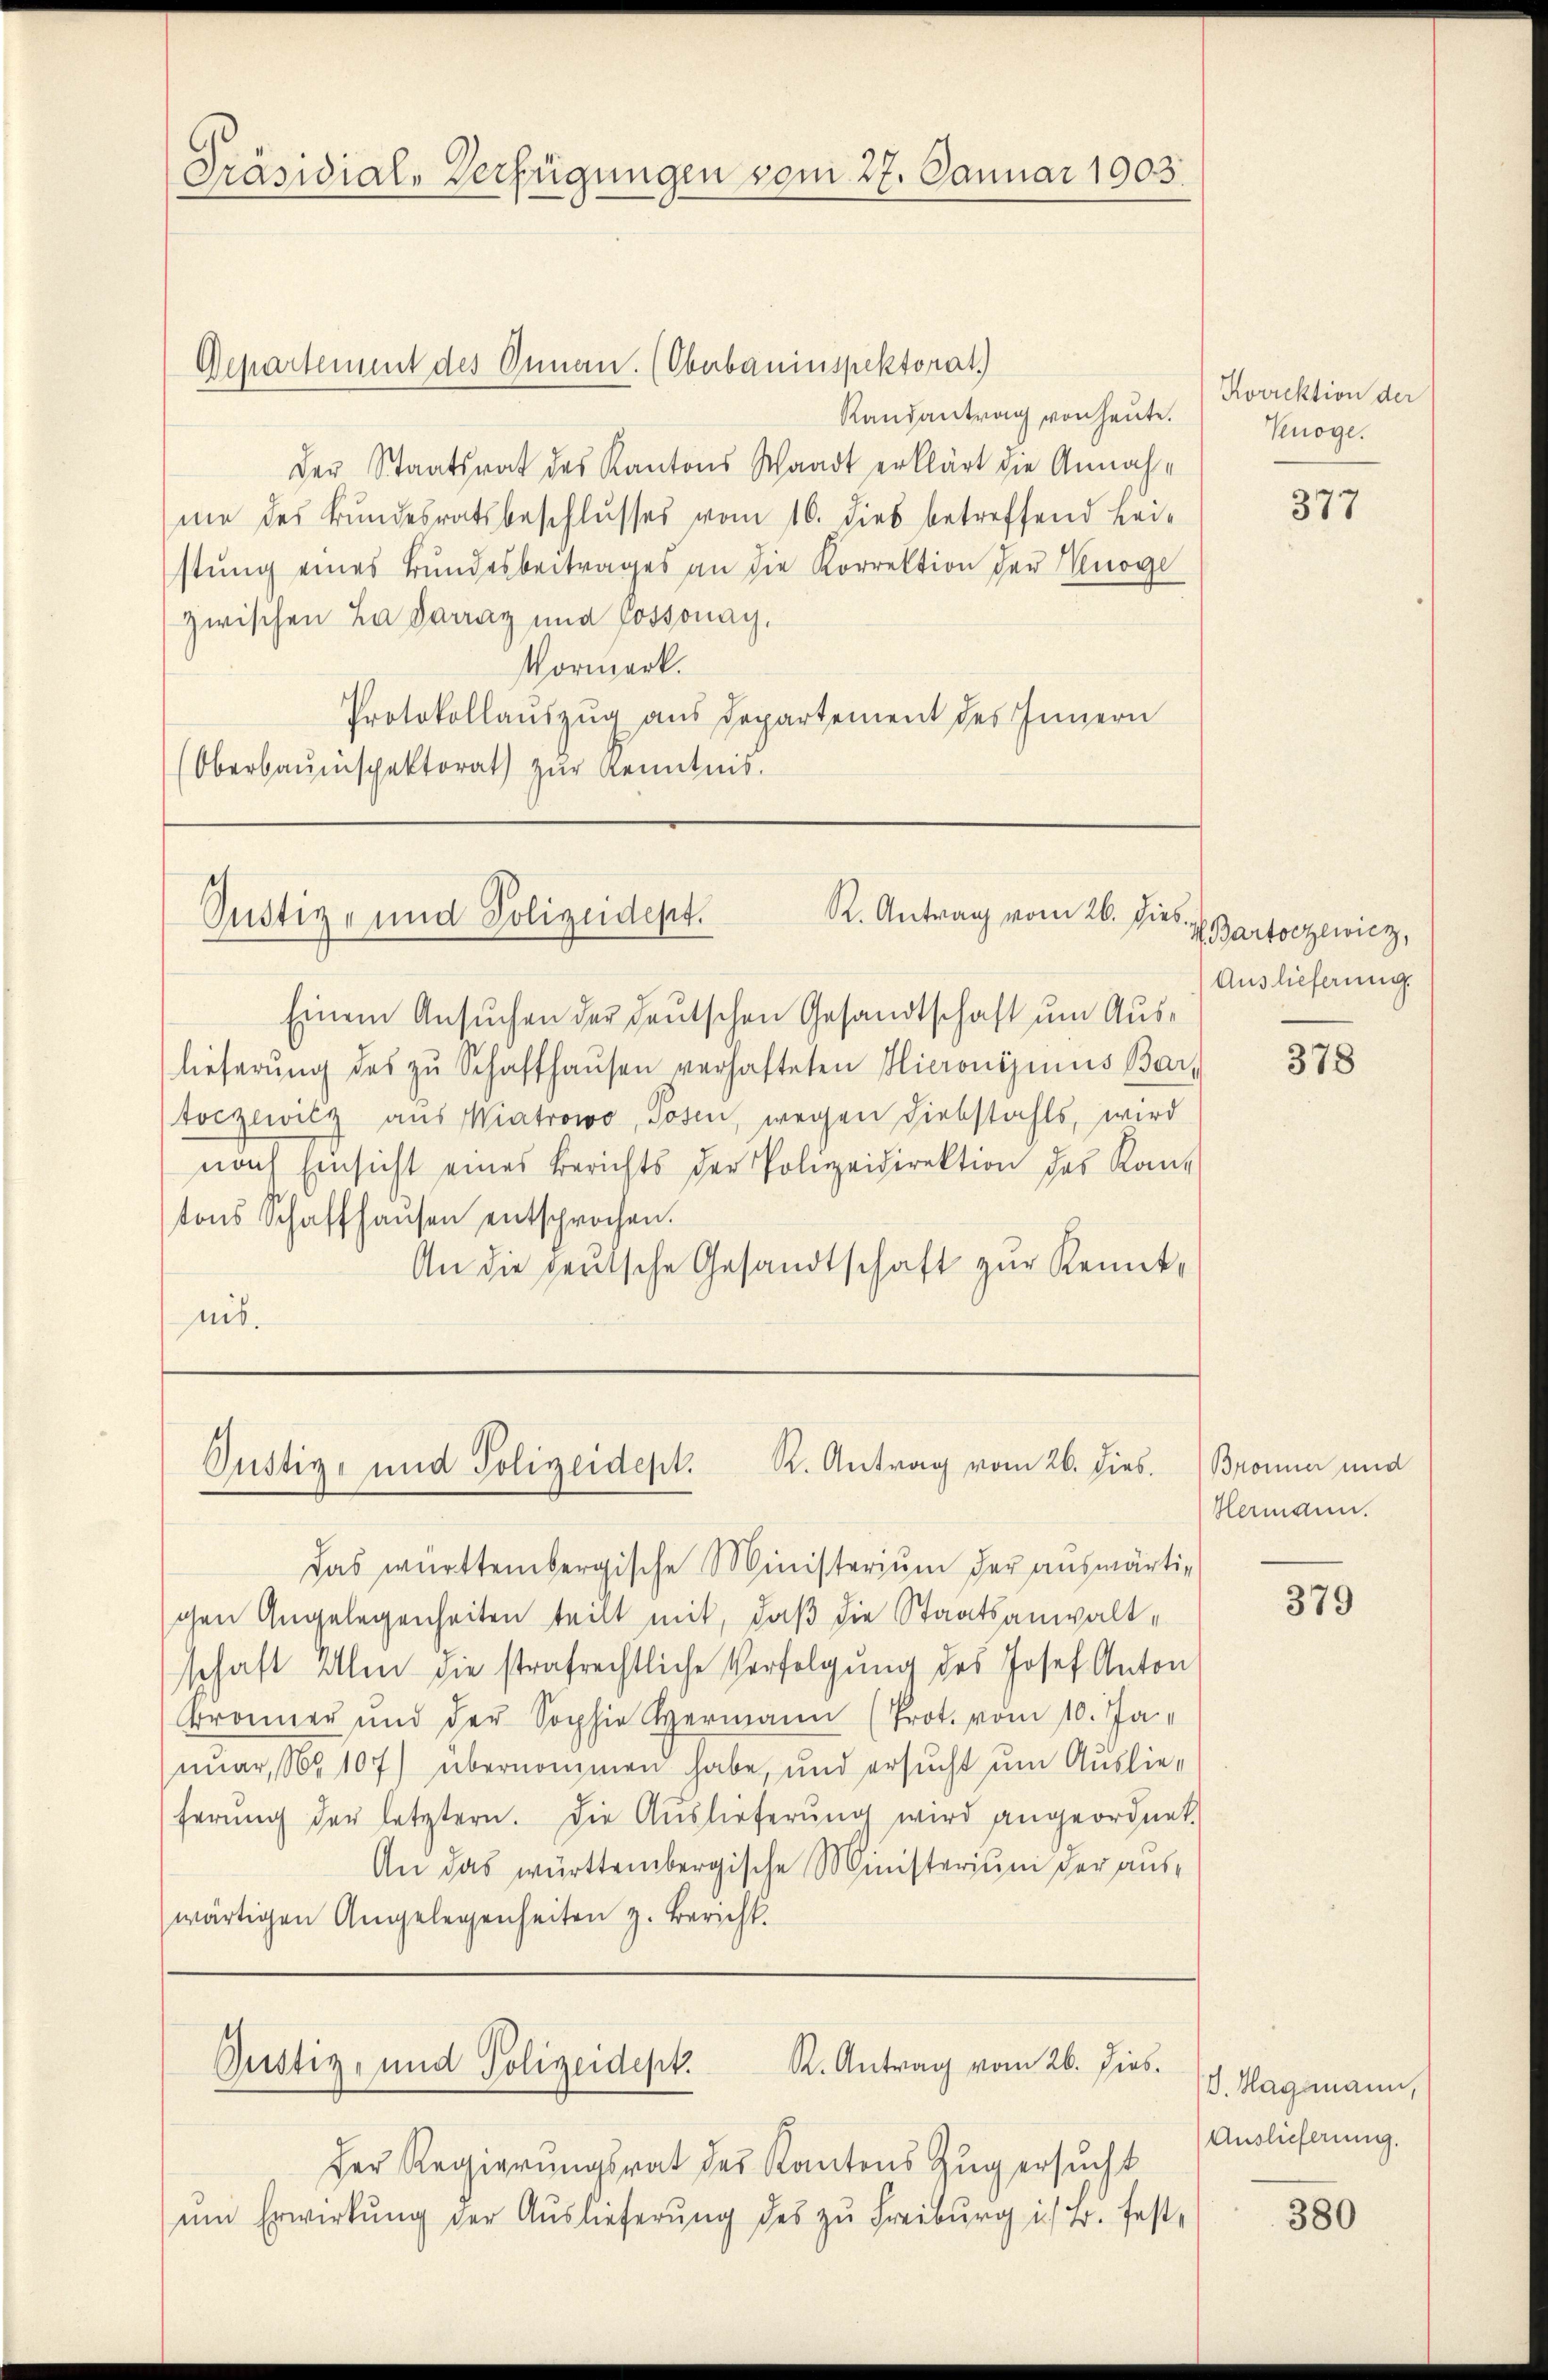
Präsidial-Verfügungen vom 27. Januar 1903.

Departement des Onnen. (Oberbauinspektorat
Randantrag von heute.
Der Staatsrat des Kantons Waadt erklärt die Annahme des Bundesratsbeschlusses vom 16. dies betreffend Leistŭng eines Bundesbeitrages an die Korrektion der Minoge
zwischen La Parraz und Jossonay,
Vormerk.
Protokollauszug aus Departement des Innern
(Oberbauinspektorat zur Kenntnis.

R. Antrag vom 26. Dies
Justiz- und Polizeidept.

Einem Ansuchen der deutschen Gesandtschaft um Auslieferŭng des zŭ Schaffhaŭsen verhafteten Hieronismus Bar-
toczewitz aus Wiatrowo, Tosen, wegen Diebstahls, wird
nach Einsicht eines Berichts der Polizeidirektion des Kan-
tons Schaffhaŭsen entsprochen.
An die deutsche Gesandtschaft zur Kenntmit.

Justiz- und Polizeidept. K. Antrag vom 26. dies

Das württembergische Ministerium der auswärtig
schen Angelegenheiten teilt mit, daß die Staatsanwaltschaft Ihm die strafrechtliche Verfolgung des Josef Anton
Bronner und der Sophie Hermann (Prot. vom 10. Ja
nuar, No 107) übernommen habe, und ersucht um Auslieferung der letztern. Die Auslieferung wird angeordnet.
An das württembergische Ministerium der auswärtigen Angelegenheiten z. Bericht.

R. Antrag vom 26. Dies
Pustiz- und Polizeidept

Der Regierungsrat des Kantons Zug ersucht
um Erwirkung der Auslieferung des zu Freiburg i. B. fest¬

Korrektion der
Knöge.

377

H Bartochewicz,
Auslieferung.

378

Bronner und
Heriden.

379

V. Hagmann,
Auslieferung.

380